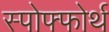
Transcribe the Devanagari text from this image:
स्पोफ्फोर्थ